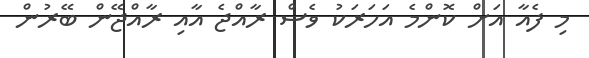
މި ފެއާ އަށް ކޮންމެ އަހަރަކު ވެސް ރާއްޖެ އާއި ރާއްޖޭން ބޭރުން